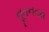
નૂતનતમ